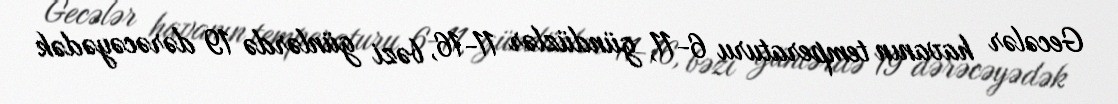
Gecələr havanın temperaturu 6-11, gündüzlər 11-16, bəzi günlərdə 19 dərəcəyədək